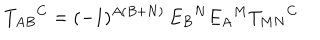
T _ { A B } { } ^ { C } = ( - 1 ) ^ { A ( B + N ) } \, E _ { B } { } ^ { N } E _ { A } { } ^ { M } T _ { M N } { } ^ { C }